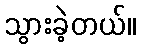
သွားခဲ့တယ်။